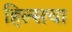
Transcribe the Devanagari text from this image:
हिल्सचा